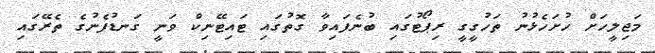
މަޖިލީހަށް ހުށަހެޅުނު ތަހުގީގީ ރިޕޯޓުގައި ބުނެފައިވާ ގޮތުގައި ޓައިޓޭނިކް ވަނީ ގަނޑުފެނުގެ ތެރޭގައި